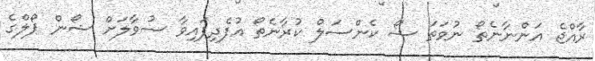
ރާއްޖެ އަންނާނެތޯ ނުވަތަ ޝޯ ކެންސަލް ކުރާނެތޯ އުފެދިފައިވާ ސުވާލަށް ޝޯން ޕޯލްގެ